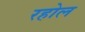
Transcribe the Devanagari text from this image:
रहोल